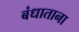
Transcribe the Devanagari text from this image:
बंधाताना